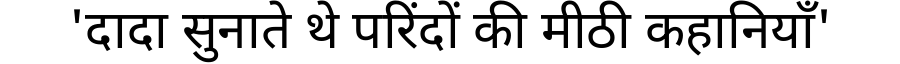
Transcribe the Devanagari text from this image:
'दादा सुनाते थे परिंदों की मीठी कहानियाँ'